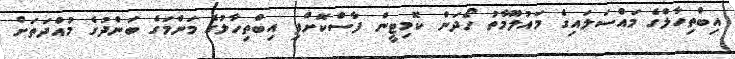
އިބްތިހާލްގެ މައްސަލައިގެ މައުލޫމާތު ހޯދަން ކޮމިޓީން ފާސްކޮށްފި އިބްތިހާލުގެ މަންމަގެ ބަންދުގެ މުއްދަތަށް